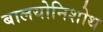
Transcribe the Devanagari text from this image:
बालयोनिशोथ